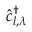
\hat { c } _ { l , \lambda } ^ { \dag }